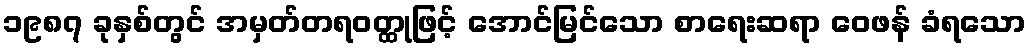
၁၉၈၇ ခုနှစ်တွင် အမှတ်တရဝတ္ထုဖြင့် အောင်မြင်သော စာရေးဆရာ ဝေဖန် ခံရသော